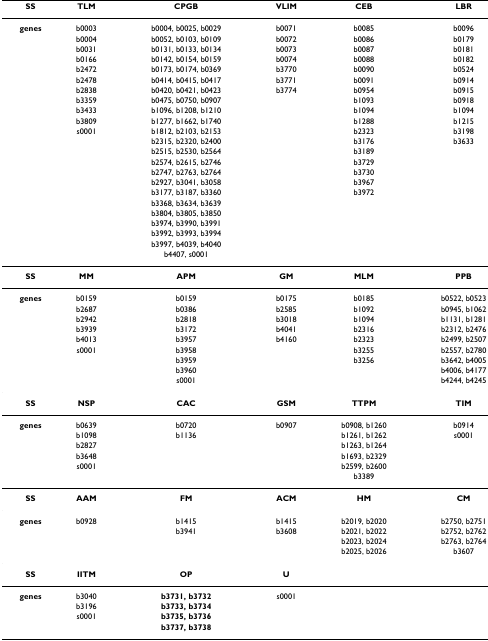
<table><thead><tr><td><b>SS</b></td><td><b>TLM</b></td><td><b>CPGB</b></td><td><b>VLIM</b></td><td><b>CEB</b></td><td><b>LBR</b></td></tr></thead><tbody><tr><td><b>genes</b></td><td>b0003</td><td>b0004, b0025, b0029</td><td>b0071</td><td>b0085</td><td>b0096</td></tr><tr><td></td><td>b0004</td><td>b0052, b0103, b0109</td><td>b0072</td><td>b0086</td><td>b0179</td></tr><tr><td></td><td>b0031</td><td>b0131, b0133, b0134</td><td>b0073</td><td>b0087</td><td>b0181</td></tr><tr><td></td><td>b0166</td><td>b0142, b0154, b0159</td><td>b0074</td><td>b0088</td><td>b0182</td></tr><tr><td></td><td>b2472</td><td>b0173, b0174, b0369</td><td>b3770</td><td>b0090</td><td>b0524</td></tr><tr><td></td><td>b2478</td><td>b0414, b0415, b0417</td><td>b3771</td><td>b0091</td><td>b0914</td></tr><tr><td></td><td>b2838</td><td>b0420, b0421, b0423</td><td>b3774</td><td>b0954</td><td>b0915</td></tr><tr><td></td><td>b3359</td><td>b0475, b0750, b0907</td><td></td><td>b1093</td><td>b0918</td></tr><tr><td></td><td>b3433</td><td>b1096, b1208, b1210</td><td></td><td>b1094</td><td>b1094</td></tr><tr><td></td><td>b3809</td><td>b1277, b1662, b1740</td><td></td><td>b1288</td><td>b1215</td></tr><tr><td></td><td>s0001</td><td>b1812, b2103, b2153</td><td></td><td>b2323</td><td>b3198</td></tr><tr><td></td><td></td><td>b2315, b2320, b2400</td><td></td><td>b3176</td><td>b3633</td></tr><tr><td></td><td></td><td>b2515, b2530, b2564</td><td></td><td>b3189</td><td></td></tr><tr><td></td><td></td><td>b2574, b2615, b2746</td><td></td><td>b3729</td><td></td></tr><tr><td></td><td></td><td>b2747, b2763, b2764</td><td></td><td>b3730</td><td></td></tr><tr><td></td><td></td><td>b2927, b3041, b3058</td><td></td><td>b3967</td><td></td></tr><tr><td></td><td></td><td>b3177, b3187, b3360</td><td></td><td>b3972</td><td></td></tr><tr><td></td><td></td><td>b3368, b3634, b3639</td><td></td><td></td><td></td></tr><tr><td></td><td></td><td>b3804, b3805, b3850</td><td></td><td></td><td></td></tr><tr><td></td><td></td><td>b3974, b3990, b3991</td><td></td><td></td><td></td></tr><tr><td></td><td></td><td>b3992, b3993, b3994</td><td></td><td></td><td></td></tr><tr><td></td><td></td><td>b3997, b4039, b4040</td><td></td><td></td><td></td></tr><tr><td></td><td></td><td>b4407, s0001</td><td></td><td></td><td></td></tr><tr><td><b>SS</b></td><td><b>MM</b></td><td><b>APM</b></td><td><b>GM</b></td><td><b>MLM</b></td><td><b>PPB</b></td></tr><tr><td><b>genes</b></td><td>b0159</td><td>b0159</td><td>b0175</td><td>b0185</td><td>b0522, b0523</td></tr><tr><td></td><td>b2687</td><td>b0386</td><td>b2585</td><td>b1092</td><td>b0945, b1062</td></tr><tr><td></td><td>b2942</td><td>b2818</td><td>b3018</td><td>b1094</td><td>b1131, b1281</td></tr><tr><td></td><td>b3939</td><td>b3172</td><td>b4041</td><td>b2316</td><td>b2312, b2476</td></tr><tr><td></td><td>b4013</td><td>b3957</td><td>b4160</td><td>b2323</td><td>b2499, b2507</td></tr><tr><td></td><td>s0001</td><td>b3958</td><td></td><td>b3255</td><td>b2557, b2780</td></tr><tr><td></td><td></td><td>b3959</td><td></td><td>b3256</td><td>b3642, b4005</td></tr><tr><td></td><td></td><td>b3960</td><td></td><td></td><td>b4006, b4177</td></tr><tr><td></td><td></td><td>s0001</td><td></td><td></td><td>b4244, b4245</td></tr><tr><td><b>SS</b></td><td><b>NSP</b></td><td><b>CAC</b></td><td><b>GSM</b></td><td><b>TTPM</b></td><td><b>TIM</b></td></tr><tr><td><b>genes</b></td><td>b0639</td><td>b0720</td><td>b0907</td><td>b0908, b1260</td><td>b0914</td></tr><tr><td></td><td>b1098</td><td>b1136</td><td></td><td>b1261, b1262</td><td>s0001</td></tr><tr><td></td><td>b2827</td><td></td><td></td><td>b1263, b1264</td><td></td></tr><tr><td></td><td>b3648</td><td></td><td></td><td>b1693, b2329</td><td></td></tr><tr><td></td><td>s0001</td><td></td><td></td><td>b2599, b2600</td><td></td></tr><tr><td></td><td></td><td></td><td></td><td>b3389</td><td></td></tr><tr><td><b>SS</b></td><td><b>AAM</b></td><td><b>FM</b></td><td><b>ACM</b></td><td><b>HM</b></td><td><b>CM</b></td></tr><tr><td><b>genes</b></td><td>b0928</td><td>b1415</td><td>b1415</td><td>b2019, b2020</td><td>b2750, b2751</td></tr><tr><td></td><td></td><td>b3941</td><td>b3608</td><td>b2021, b2022</td><td>b2752, b2762</td></tr><tr><td></td><td></td><td></td><td></td><td>b2023, b2024</td><td>b2763, b2764</td></tr><tr><td></td><td></td><td></td><td></td><td>b2025, b2026</td><td>b3607</td></tr><tr><td><b>SS</b></td><td><b>IITM</b></td><td><b>OP</b></td><td><b>U</b></td><td></td><td></td></tr><tr><td><b>genes</b></td><td>b3040</td><td><b>b3731, b3732</b></td><td>s0001</td><td></td><td></td></tr><tr><td></td><td>b3196</td><td><b>b3733, b3734</b></td><td></td><td></td><td></td></tr><tr><td></td><td>s0001</td><td><b>b3735, b3736</b></td><td></td><td></td><td></td></tr><tr><td></td><td></td><td><b>b3737, b3738</b></td><td></td><td></td><td></td></tr></tbody></table>